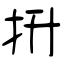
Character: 抍